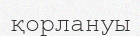
қорлануы